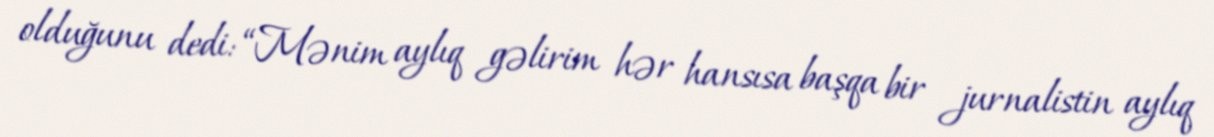
olduğunu dedi: “Mənim aylıq gəlirim hər hansısa başqa bir jurnalistin aylıq